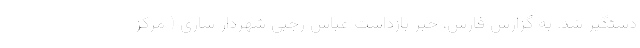
دستگیر شد. به گزارش فارس، خبر بازداشت عباس رجبی شهردار ساری ( مرکز